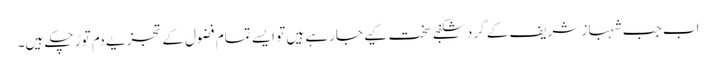
اب جب شہباز شریف کے گرد شکنجے سخت کیے جارہے ہیں تو ایسے تمام فضول کے تجزیے دم توڑ چکے ہیں۔